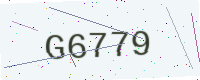
Text: G6779